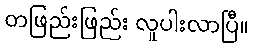
တဖြည်းဖြည်း လူပါးလာပြီ။